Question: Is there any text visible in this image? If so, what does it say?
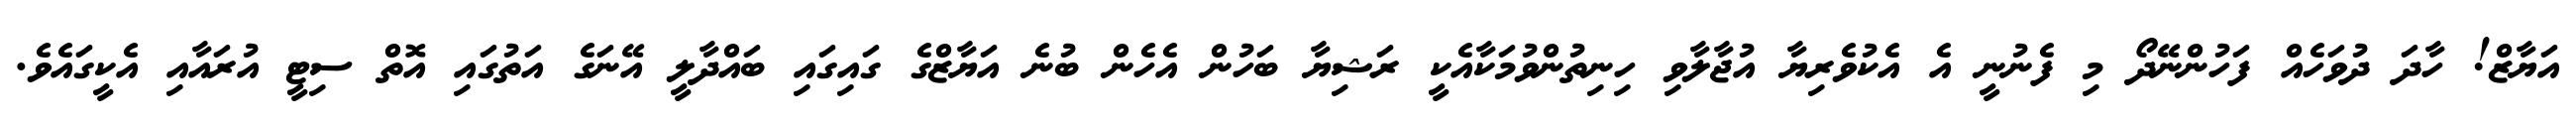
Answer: އަޔާޒް! ހާދަ ދުވަހެއް ފަހުންނޭދޯ މި ފެނުނީ އެ އެކުވެރިޔާ އުޖާލާވި ހިނިތުންވުމަކާއެކީ ރަޝިޔާ ބަހުން އެހެން ބުނެ އަޔާޒްގެ ގައިގައި ބައްދާލީ އޭނަގެ އަތުގައި އޮތް ސިޓީ އުރައާއި އެކީގައެވެ.